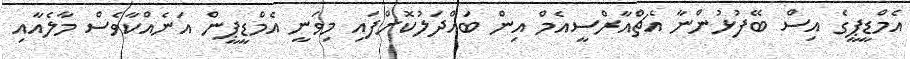
އެމްޑީޕީގެ އިސް ބޭފުޅުންނާ އެޗްއާރްސީއެމް އިން ބައްދަލުކޮށްފައި މިވަނީ އެމްޑީޕީން އަނެއްކާވެސް މާލެއާއި